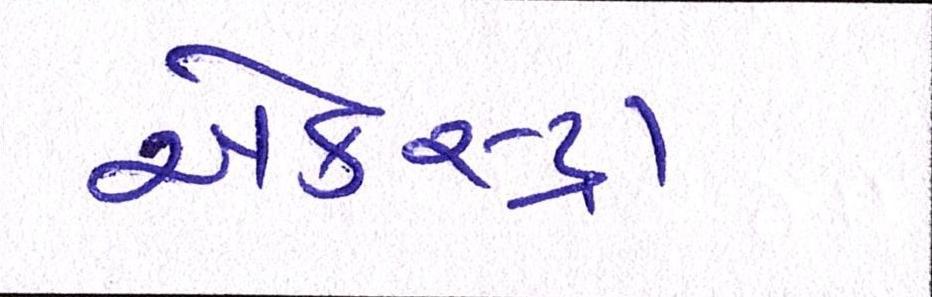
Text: એકસ્ટ્રા